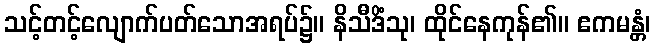
သင့်တင့်လျောက်ပတ်သောအရပ်၌။ နိသီဒိံသု၊ ထိုင်နေကုန်၏။ ဧကမန္တံ၊